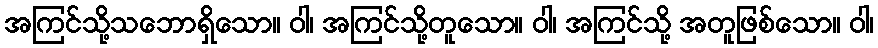
အကြင်သို့သဘောရှိသော။ ဝါ၊ အကြင်သို့တူသော။ ဝါ၊ အကြင်သို့ အတူဖြစ်သော။ ဝါ၊